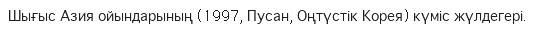
Шығыс Азия ойындарының (1997, Пусан, Оңтүстік Корея) күміс жүлдегері.